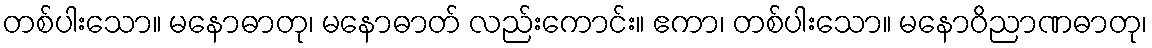
တစ်ပါးသော။ မနောဓာတု၊ မနောဓာတ် လည်းကောင်း။ ဧကာ၊ တစ်ပါးသော။ မနောဝိညာဏဓာတု၊